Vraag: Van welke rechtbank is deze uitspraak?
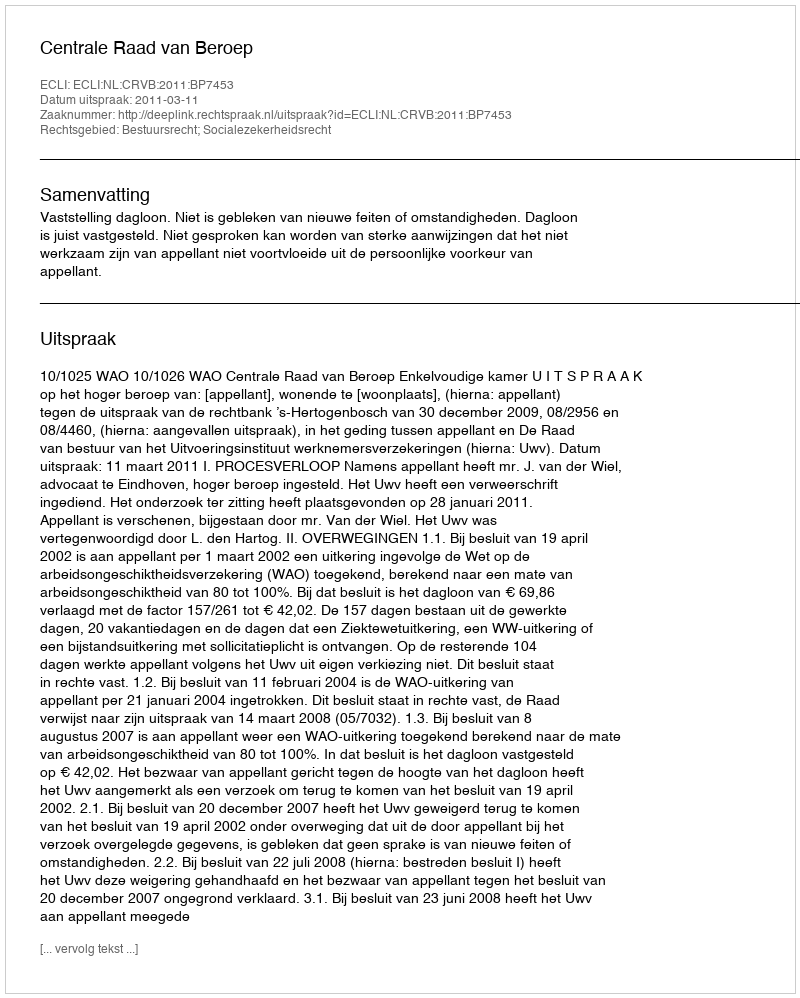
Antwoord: Centrale Raad van Beroep